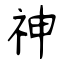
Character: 神